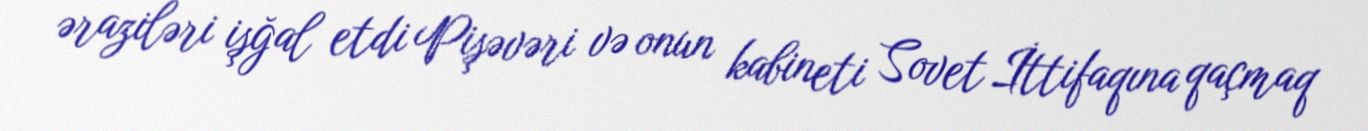
əraziləri işğal etdi Pişəvəri və onun kabineti Sovet İttifaqına qaçmaq